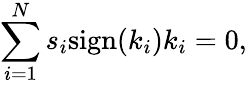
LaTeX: \sum_{i=1}^{N}s_{i}\mathrm{sign}(k_{i})k_{i}=0,